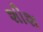
શીશ